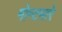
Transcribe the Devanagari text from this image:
मोन्टमारे